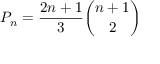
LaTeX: P _ { n } = { \frac { 2 n + 1 } { 3 } } { \binom { n + 1 } { 2 } }